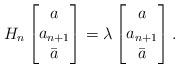
LaTeX: \begin{align*}H_n\begin{bmatrix}a\\a_{n+1}\\ \bar a\end{bmatrix} = \lambda\begin{bmatrix}a\\a_{n+1}\\ \bar a\end{bmatrix}.\end{align*}